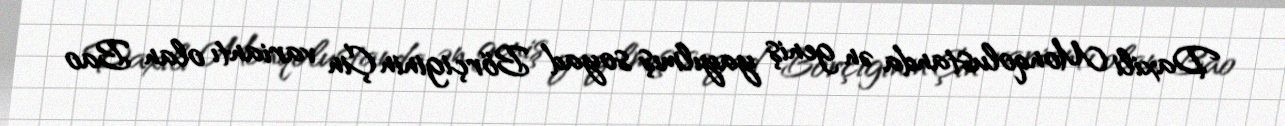
Daxili Monqolustanda ən geniş yayılmış soyad Börçiginin Çin variantı olan Bao